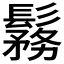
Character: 𩮼